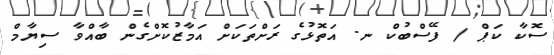
ސޮކާ ކަޕް / ފޭސްބުކް ނ. އަތޮޅުގެ ރަށްތަކަށް އަމާޒުކޮށްގެން ބާއްވާ ސިޔާމް